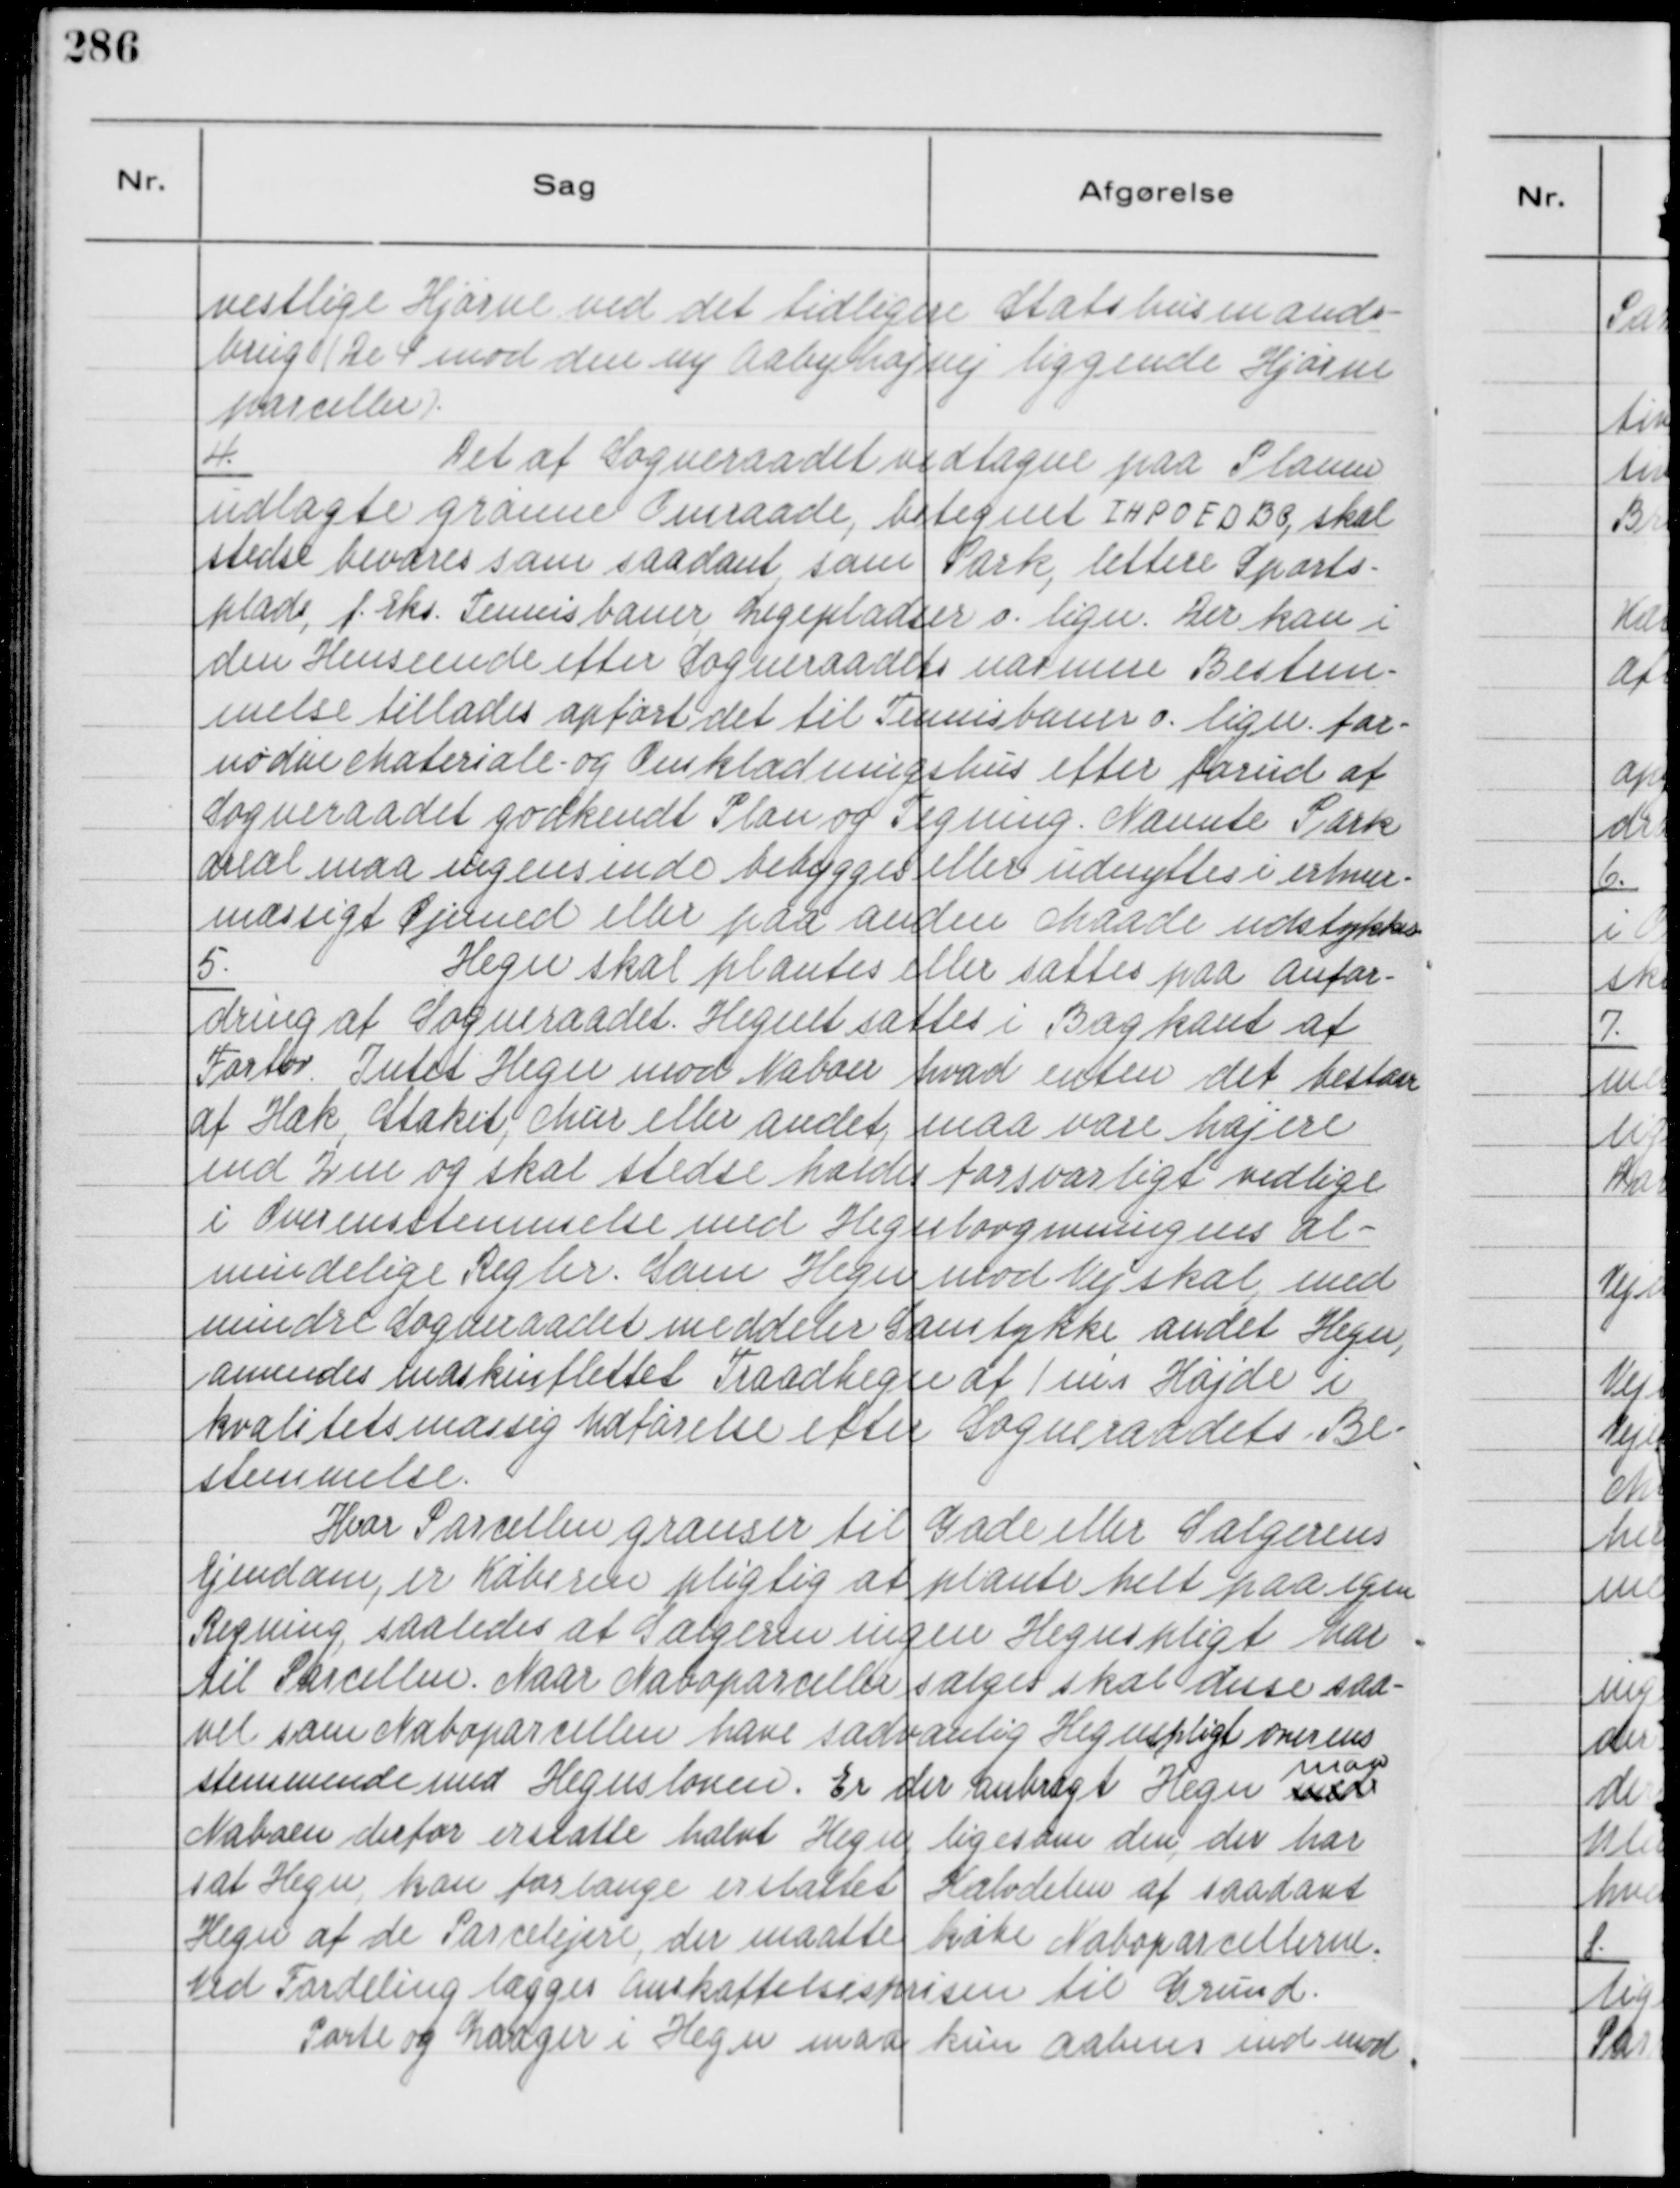
Transskription:
vestlige Hjørne ved det tidligere Statshusmands-
brug ( De 4 mod den ny Aabyhøjvej liggende Hjørne
parceller ).

4.
Det af Sogneraadet vedtagne paa Planen
udlagte grønne Omraade, betegnet I H P O E D B C, skal
stedse bevares som saadant, som Park, lettere Sports-
plads, f. Eks. Tennisbaner, Legepladser o. lign. Der kan i
den Henseende efter Sogneraadets nærmere Bestem-
melse tillades opført det til Tennisbaner o. lign. for-
nødne Materiale- og Omklædningshus efter forud af
Sogneraadet godkendt Plan og Tegning. Nævnte Park
Areal maa ingensinde bebygges eller udnyttes i erhverv-
mæssigt Øjemed eller paa anden Maade udstykkes.

5.
Hegn skal plantes eller sættes paa Anfor-
dring at Sogneraadet. Hegnet sættes i Bagkant af
Fortov. Intet Hegn mod Naboer hvad enten det bestaar
af Hæk, Stakit, Mur eller andet, maa være højere
end 2 m og skal stedse holdes forsvarligt vedlige
i Overensstemmelse med Hegnlovgivningens Al-
mindelige Regler. Som Hegn mod Vej skal med
mindre Sogneraadet meddeler Samtykke andet Hegn,
anvendes maskinflettet Traadhegn af 1 m's Højde i
kvalitetsmæssig Udførelse efter Sogneraadets Be-
stemmelse.
Hvor Parcellen grænser til Gade eller Sælgerens
Ejendom, er Køberen pligtig at plante helt paa egen
Regning, saaledes at Sælgeren ingen Hegnspligt har
til Parcellen. Naar Naboparceller sælges skal disse saa-
vel som Naboparcellen have sædvanlig Hegnspligt overens
stemmende med Hegnsloven. Er der anbragt Hegn med
maa
Naboen derfor erstatte halvt Hegn, ligesom den, der har
sat Hegn, kan forlange erstattet Halvdelen af saadant
Hegn af de Parcelejere, der maatte købe Naboparcellerne.
Ved Fordeling lægges Anskaffelsesprisen til Grund.
Porte og Laager i Hegn maa kun aabnes ind mod